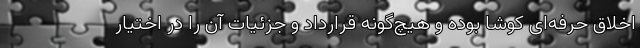
اخلاق حرفه‌ای کوشا بوده و هیچ‌گونه قرارداد و جزئیات آن را در اختیار